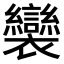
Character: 𧟏